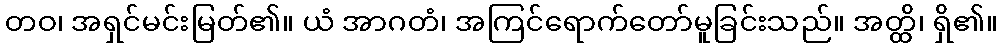
တဝ၊ အရှင်မင်းမြတ်၏။ ယံ အာဂတံ၊ အကြင်ရောက်တော်မူခြင်းသည်။ အတ္ထိ၊ ရှိ၏။